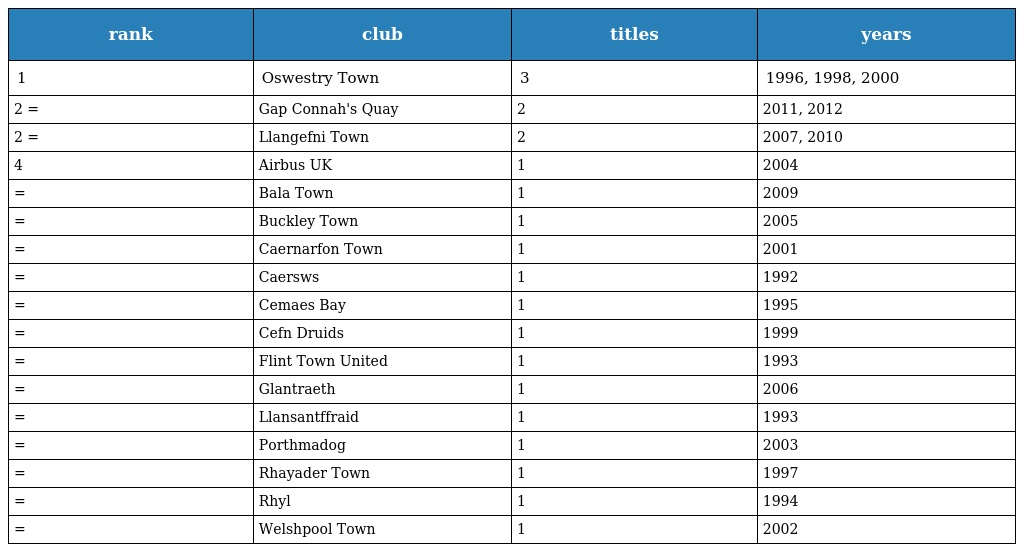
| rank | club | titles | years |
 | --- | --- | --- | --- |
 | 1 | Oswestry Town | 3 | 1996, 1998, 2000 |
 | 2 = | Gap Connah's Quay | 2 | 2011, 2012 |
 | 2 = | Llangefni Town | 2 | 2007, 2010 |
 | 4 | Airbus UK | 1 | 2004 |
 | = | Bala Town | 1 | 2009 |
 | = | Buckley Town | 1 | 2005 |
 | = | Caernarfon Town | 1 | 2001 |
 | = | Caersws | 1 | 1992 |
 | = | Cemaes Bay | 1 | 1995 |
 | = | Cefn Druids | 1 | 1999 |
 | = | Flint Town United | 1 | 1993 |
 | = | Glantraeth | 1 | 2006 |
 | = | Llansantffraid | 1 | 1993 |
 | = | Porthmadog | 1 | 2003 |
 | = | Rhayader Town | 1 | 1997 |
 | = | Rhyl | 1 | 1994 |
 | = | Welshpool Town | 1 | 2002 |